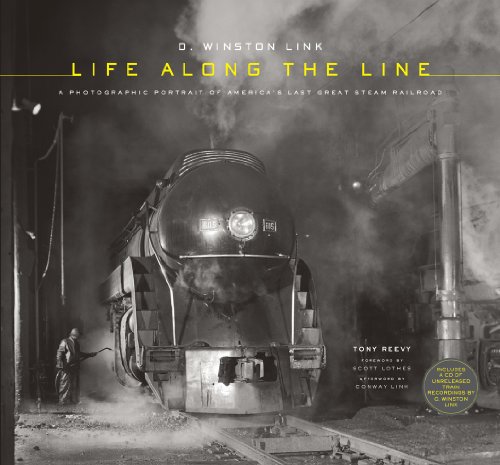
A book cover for O. Winston Link: Life Along the Line: A Photographic Portrait of America's Last Great Steam Railroad; Tony Reevy; Engineering & Transportation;